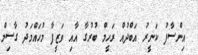
އިންސާފު ކަނީރު އަބްދުއް ރަހީމް ބުރުގާ އާއި ވަޒީފާ މުހައްމަދު ގާސިމް